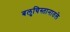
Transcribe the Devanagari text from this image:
बलुचिस्तानातले